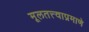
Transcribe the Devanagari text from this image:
मूलतत्त्वाप्रमाणे